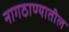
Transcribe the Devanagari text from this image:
नागठाण्यातील